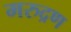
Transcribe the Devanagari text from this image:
मरुद्रण